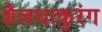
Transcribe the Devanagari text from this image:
शैलधाकुरंग